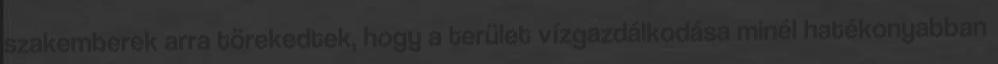
szakemberek arra törekedtek, hogy a terület vízgazdálkodása minél hatékonyabban